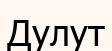
Дулут